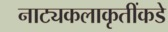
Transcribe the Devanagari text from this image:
नाट्यकलाकृतींकडे